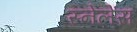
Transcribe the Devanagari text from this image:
स्नेलेंस